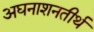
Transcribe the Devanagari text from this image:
अघनाशनतीर्थ